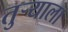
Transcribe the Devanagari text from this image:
तुर्‍याला